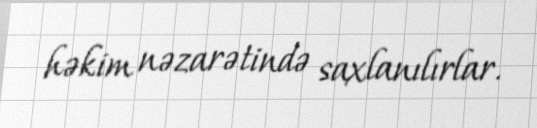
həkim nəzarətində saxlanılırlar.